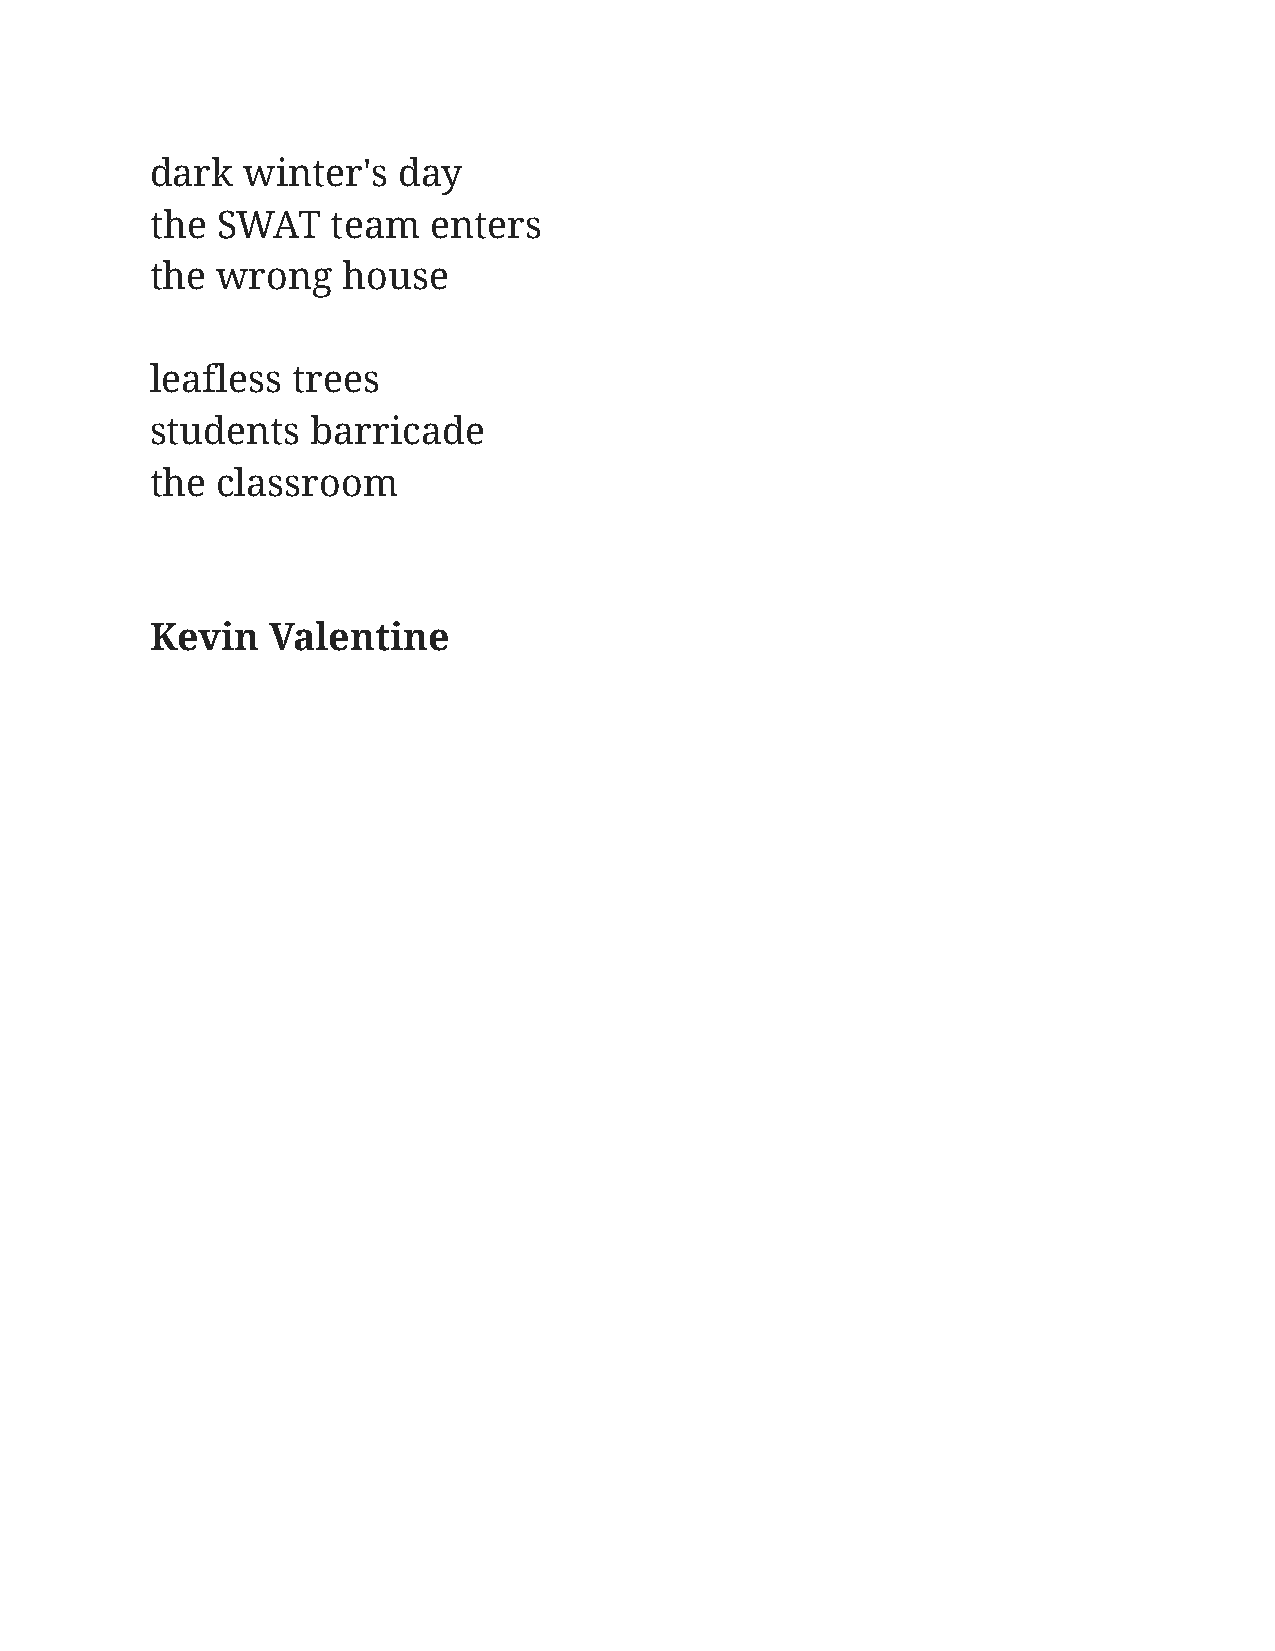
dark  winter's  day
 the SWAT    team  enters
 the wrong    house
 leafless trees
 students   barricade
 the classroom
 Kevin   Valentine